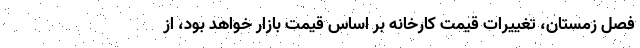
فصل زمستان، تغییرات قیمت کارخانه بر اساس قیمت بازار خواهد بود، از